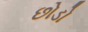
છોડો